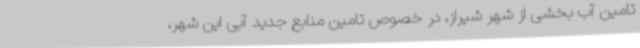
تامین آب بخشی از شهر شیراز، در خصوص تامین منابع جدید آبی این شهر،